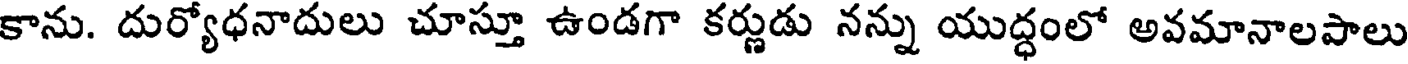
కాను. దుర్యోధనాదులు చూస్తూ ఉండగా కర్ణుడు నన్ను యుద్ధంలో అవమానాలపాలు